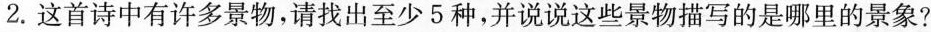
2.这首诗中有许多景物，请找出至少5种，并说说这些景物描写的是哪里的景象?